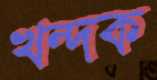
খন্দক